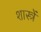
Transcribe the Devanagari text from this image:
शास्त्रें